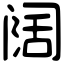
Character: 阔